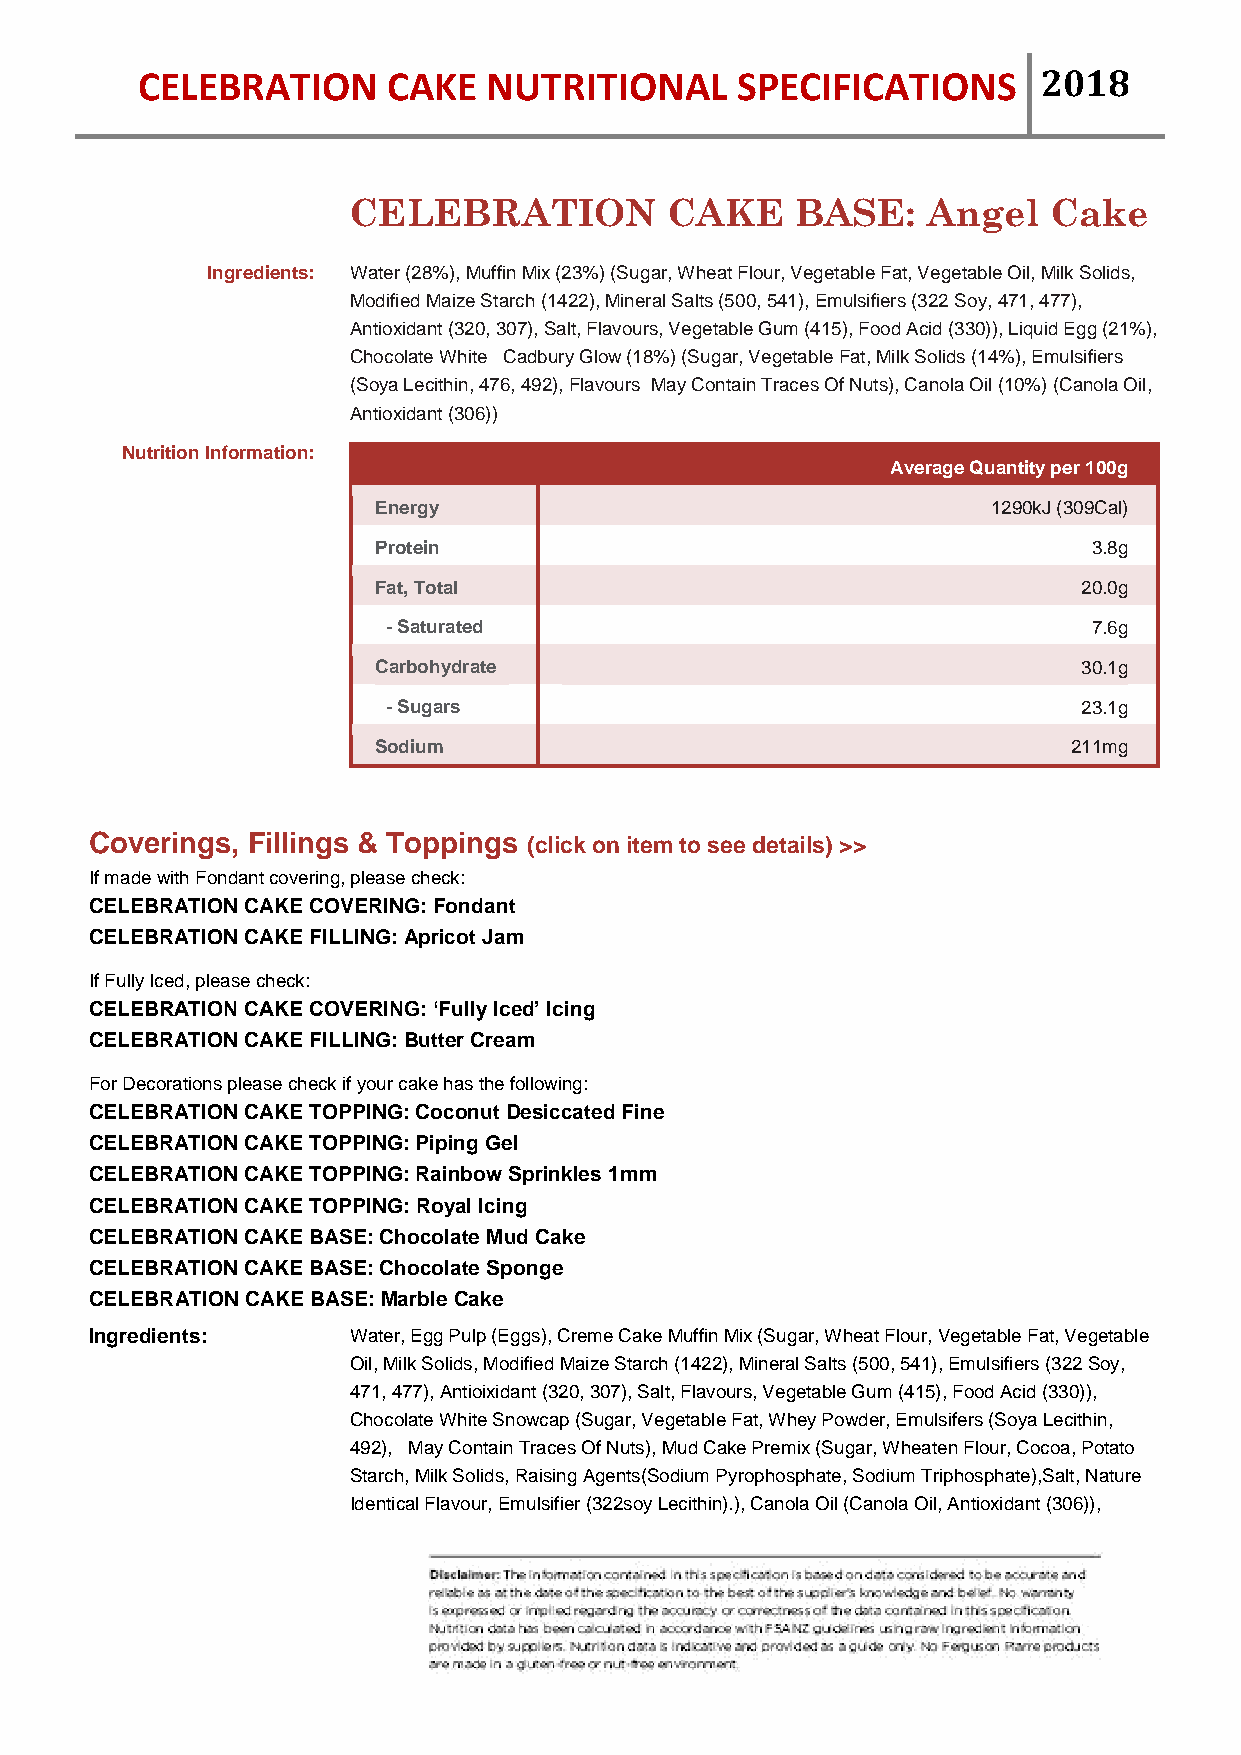
CELEBRATION      CAKE  NUTRITIONAL      SPECIFICATIONS      2018
 CELEBRATION          CAKE     BASE:   Angel   Cake
 Ingredients: Water (28%), Muffin Mix (23%) (Sugar, Wheat Flour, Vegetable Fat, Vegetable Oil, Milk Solids,
 Modified Maize Starch (1422), Mineral Salts (500, 541), Emulsifiers (322 Soy, 471, 477),
 Antioxidant (320, 307), Salt, Flavours, Vegetable Gum (415), Food Acid (330)), Liquid Egg (21%),
 Chocolate White Cadbury Glow (18%) (Sugar, Vegetable Fat, Milk Solids (14%), Emulsifiers
 (Soya Lecithin, 476, 492), Flavours May Contain Traces Of Nuts), Canola Oil (10%) (Canola Oil,
 Antioxidant (306))
 Nutrition Information:
 Average Quantity per 100g
 Energy                                   1290kJ (309Cal)
 Protein                                        3.8g
 Fat, Total                                     20.0g
 - Saturated                                   7.6g
 Carbohydrate                                   30.1g
 - Sugars                                      23.1g
 Sodium                                        211mg
 Coverings, Fillings & Toppings (click on item to see details) >>
 If made with Fondant covering, please check:
 CELEBRATION CAKE COVERING: Fondant
 CELEBRATION CAKE FILLING: Apricot Jam
 If Fully Iced, please check:
 CELEBRATION CAKE COVERING: ‘Fully Iced’ Icing
 CELEBRATION CAKE FILLING: Butter Cream
 For Decorations please check if your cake has the following:
 CELEBRATION CAKE TOPPING: Coconut Desiccated Fine
 CELEBRATION CAKE TOPPING: Piping Gel
 CELEBRATION CAKE TOPPING: Rainbow Sprinkles 1mm
 CELEBRATION CAKE TOPPING: Royal Icing
 CELEBRATION CAKE BASE: Chocolate Mud Cake
 CELEBRATION CAKE BASE: Chocolate Sponge
 CELEBRATION CAKE BASE: Marble Cake
 Ingredients:     Water, Egg Pulp (Eggs), Creme Cake Muffin Mix (Sugar, Wheat Flour, Vegetable Fat, Vegetable
 Oil, Milk Solids, Modified Maize Starch (1422), Mineral Salts (500, 541), Emulsifiers (322 Soy,
 471, 477), Antioixidant (320, 307), Salt, Flavours, Vegetable Gum (415), Food Acid (330)),
 Chocolate White Snowcap (Sugar, Vegetable Fat, Whey Powder, Emulsifers (Soya Lecithin,
 492), May Contain Traces Of Nuts), Mud Cake Premix (Sugar, Wheaten Flour, Cocoa, Potato
 Starch, Milk Solids, Raising Agents(Sodium Pyrophosphate, Sodium Triphosphate),Salt, Nature
 Identical Flavour, Emulsifier (322soy Lecithin).), Canola Oil (Canola Oil, Antioxidant (306)),